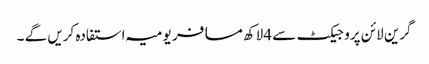
گرین لائن پروجیکٹ سے 4لاکھ مسافر یومیہ استفادہ کریں گے ۔